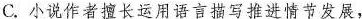
C.小说作者擅长运用语言描写推进情节发展，